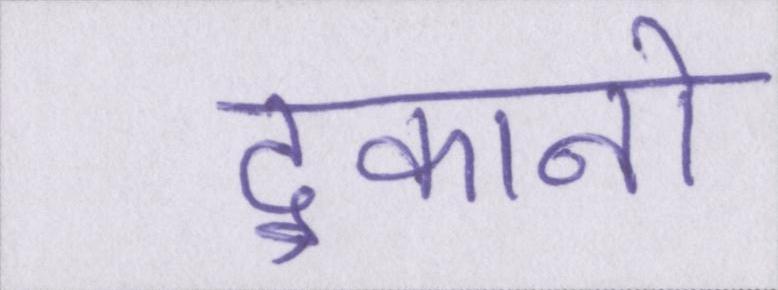
दुकानो